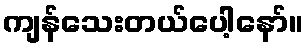
ကျန်သေးတယ်ပေါ့နော်။